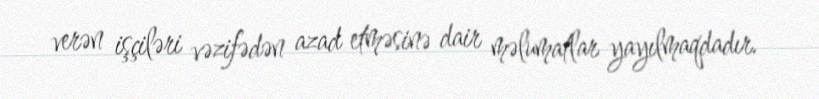
verən işçiləri vəzifədən azad etməsinə dair məlumatlar yayılmaqdadır.